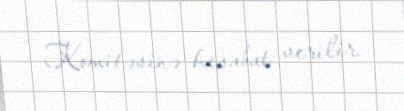
Komitəsinə hesabat verilir.